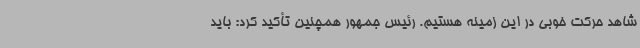
شاهد حرکت خوبی در این زمینه هستیم. رئیس جمهور همچنین تأکید کرد: باید